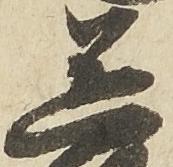
送